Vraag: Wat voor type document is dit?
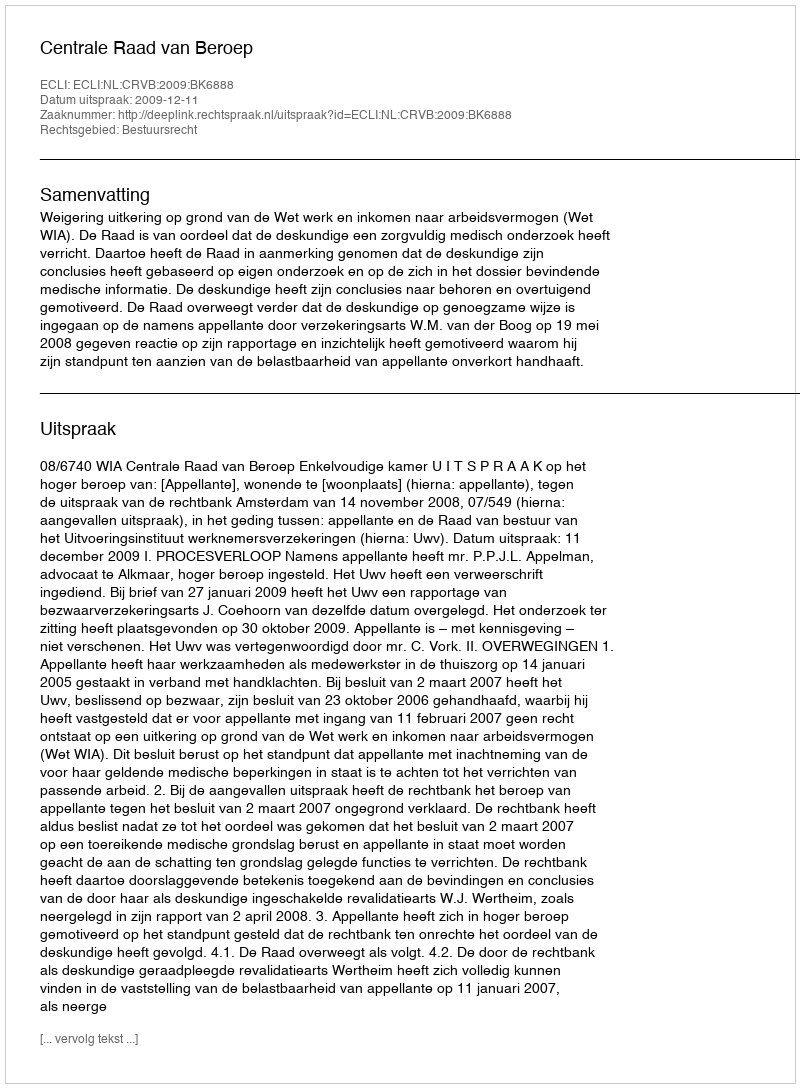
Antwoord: Uitspraak